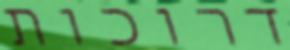
דרוכות